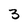
Character: 3